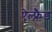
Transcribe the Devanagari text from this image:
ऐल्फ़्रैड